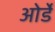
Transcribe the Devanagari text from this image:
ओर्डे